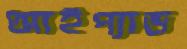
আইপ্যাড